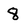
Character: 8